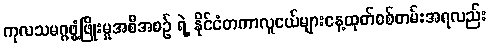
ကုလသမဂ္ဂဖွံ့ဖြိုးမှုအစီအစဉ် ရဲ့ နိုင်ငံတကာလူငယ်များနေ့ထုတ်စစ်တမ်းအရလည်း